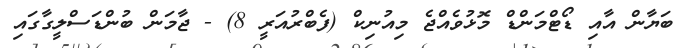
ބަޔާން އާއި ޑޯޓްމަންޑް މޮޅުވެއްޖެ މިއުނިކް (ފެބްރުއަރީ 8) - ޖާމަން ބުންޑަސްލީގާގައި